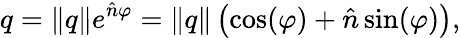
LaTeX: q=\| q\| e^{{\hat{n}}\varphi}=\| q\| \left(\cos(\varphi)+{\hat{n}}\sin(\varphi)\right),